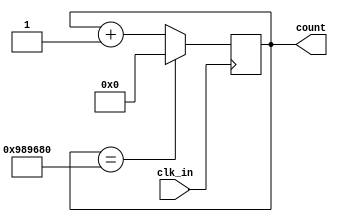
module contador(
    input  clk_in,
    output reg [23:0] count = 0
);

parameter SIZE = 24; 
parameter LIMIT = 24'd10000000; /*FPGA 50000000/50hz=10000000  */

always@(posedge clk_in)
begin
  if(count == LIMIT)
  begin
    count <= 0;
  end
  else
  begin
    count <= count + 1;
  end
end    

endmodule